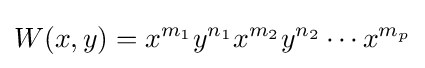
W(x,y)=x^{m_{1}}y^{n_{1}}x^{m_{2}}y^{n_{2}}\cdots x^{m_{p}}